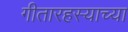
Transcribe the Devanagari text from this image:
गीतारहस्याच्या